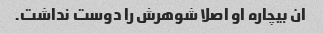
ان بیچاره او اصلا شوهرش را دوست نداشت.